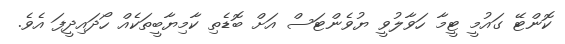
ކޮންޓޭ ގައުމީ ޓީމާ ހަވާލުވީ ޔުވެންޓަސް އަށް ބޮޑެތި ކާމިޔާބީތަކެއް ހޯދައިދީފަ އެވެ.